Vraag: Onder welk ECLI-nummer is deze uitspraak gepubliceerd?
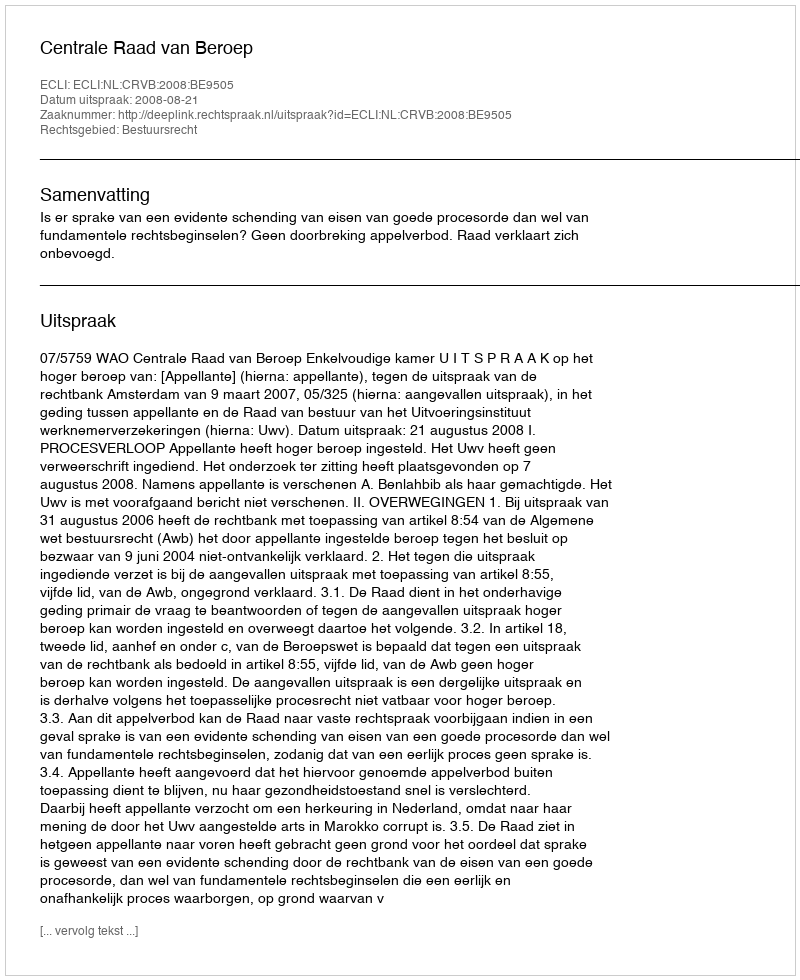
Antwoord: ECLI:NL:CRVB:2008:BE9505